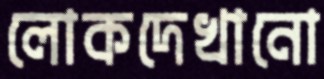
লোকদেখানো